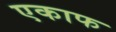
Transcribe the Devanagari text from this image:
एकाफ